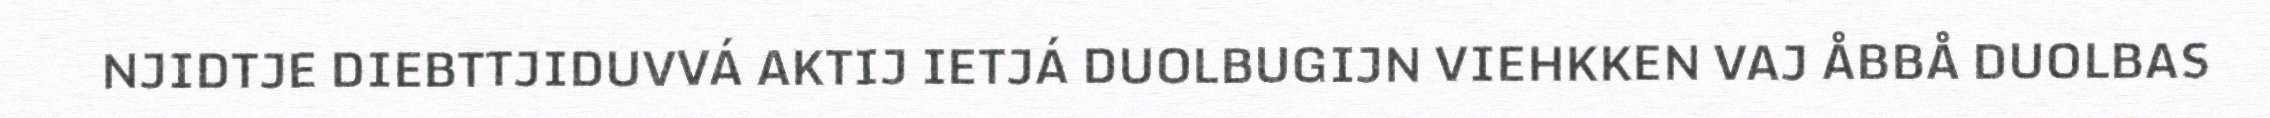
NJIDTJE DIEBTTJIDUVVÁ AKTIJ IETJÁ DUOLBUGIJN VIEHKKEN VAJ ÅBBÅ DUOLBAS